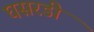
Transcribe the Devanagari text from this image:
घसरडी